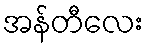
အန်တီလေး